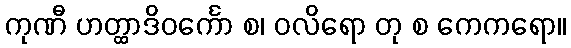
ကုဏီ ဟတ္ထာဒိဝင်္ကော စ၊ ဝလိရော တု စ ကေကရော။